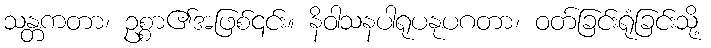
သန္တကတာ၊ ဥစ္စာ၏အဖြစ်၎င်း။ နိဝါသနပါရုပနုပဂတာ၊ ဝတ်ခြင်းရုံခြင်းသို့